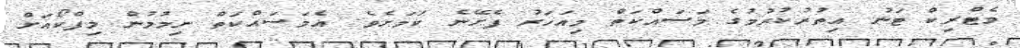
މެޓްރިކް ޓަނު އިތުރުކުރުމުގެ މަސައްކަތް މިއަހަރު ފެށޭނެ ކަމަށެވެ. އެމަސައްކަތް ނިމުމުން މިފްކޯއަށް